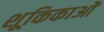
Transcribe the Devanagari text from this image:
शूकिकाओं